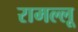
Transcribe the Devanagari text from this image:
रामल्लू